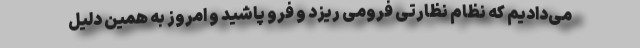
می‌دادیم که نظام نظارتی فرومی ریزد و فرو پاشید و امروز به همین دلیل